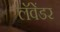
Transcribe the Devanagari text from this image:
लॅवेंडर